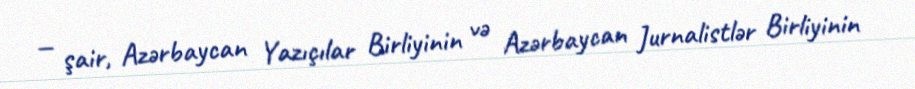
— şair, Azərbaycan Yazıçılar Birliyinin və Azərbaycan Jurnalistlər Birliyinin